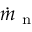
\dot { m } _ { \mathrm { ~ n ~ } }